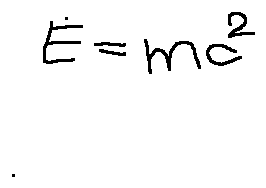
E = m c ^ { 2 }